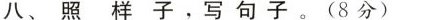
八、照样子，写句子。(8分)